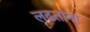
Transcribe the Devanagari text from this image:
लढतांना